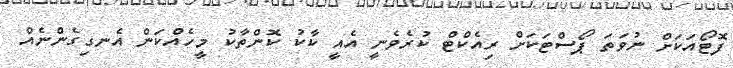
ފޮޓޯއަކަށް ނުވަތަ ޕޯސްޓަކަށް ރިއެކްޓް ކުރެވެނީ އެއީ ކާކު ކޮންތާކު މީހެއްކަން އެނގިގެންނެއް